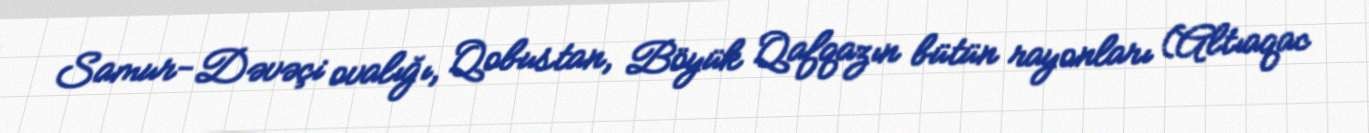
Samur-Dəvəçi ovalığı, Qobustan, Böyük Qafqazın bütün rayonları (Altıaqac